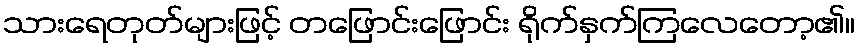
သားရေတုတ်များဖြင့် တဖြောင်းဖြောင်း ရိုက်နှက်ကြလေတော့၏။